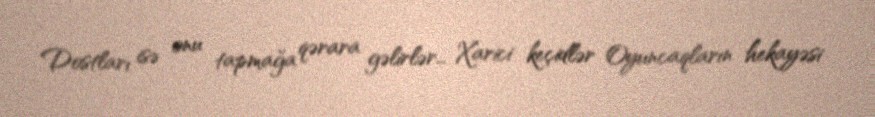
Dostları isə onu tapmağa qərara gəlirlər… Xarici keçidlər Oyuncaqların hekayəsi